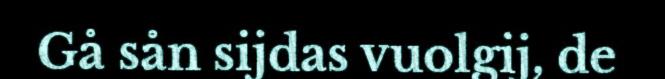
Gå sån sijdas vuolgij, de